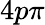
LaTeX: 4p\pi